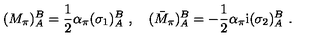
( M _ { \pi } ) _ { A } ^ { B } = \frac { 1 } { 2 } \alpha _ { \pi } ( \sigma _ { 1 } ) _ { A } ^ { B } \ , \quad ( \bar { M } _ { \pi } ) _ { A } ^ { B } = - \frac { 1 } { 2 } \alpha _ { \pi } \mathrm { i } ( \sigma _ { 2 } ) _ { A } ^ { B } \ .